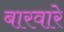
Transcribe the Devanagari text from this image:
बारवारे